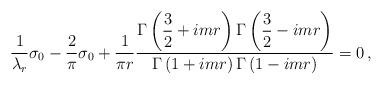
LaTeX: \begin{align*}\frac{1}{\lambda_{r}}\sigma_{0}-\frac{2}{\pi}\sigma_{0} +\frac{1}{\pi r} \frac{\displaystyle \Gamma\left(\frac{3}{2}+i m r\right) \Gamma\left(\frac{3}{2}-i m r\right)} {\displaystyle \Gamma\left(1+i m r\right) \Gamma\left(1-i m r\right)} =0\, ,\end{align*}